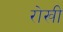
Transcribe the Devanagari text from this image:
रोखी